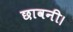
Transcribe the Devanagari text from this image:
छावनी।